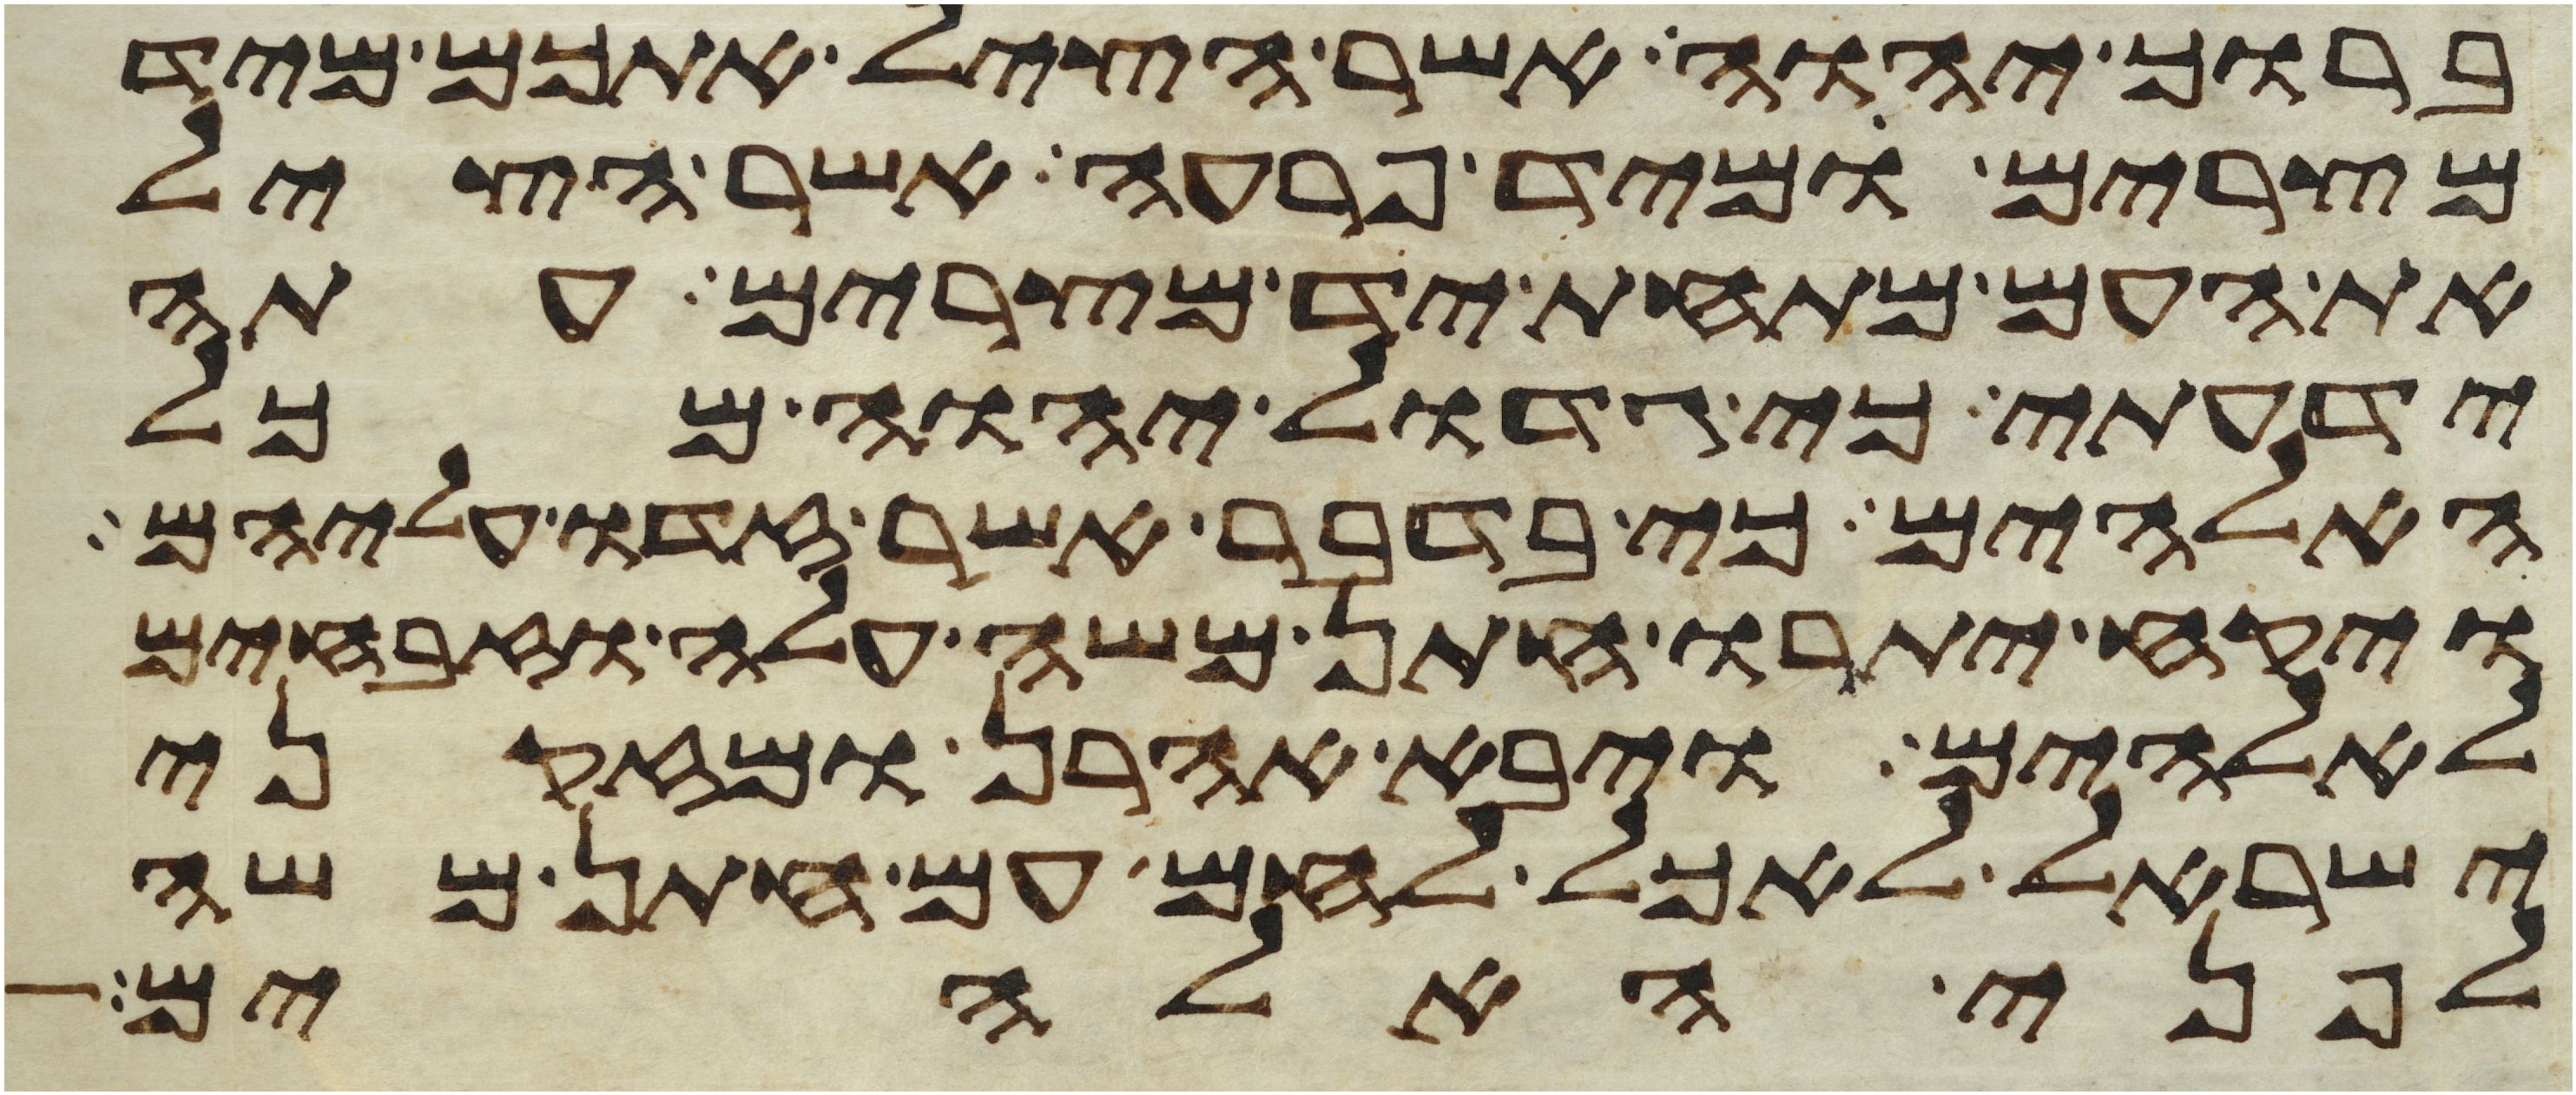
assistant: ברוך יהוה אשר הציל אתכם מיד
מצרים ומיד פרעה אשר הציל
את העם מתחת יד מצרים עתה
ידעתי כי גדול יהוה מכל
האלהים כי בדבר אשר זדו עליהם
ויקח יתרו חתן משה עלה וזבחים
לאלהים ויבא אהרן ומזקני
ישראל לאכל לחם עם חתן משה
לפני האלהים